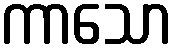
ကာသော